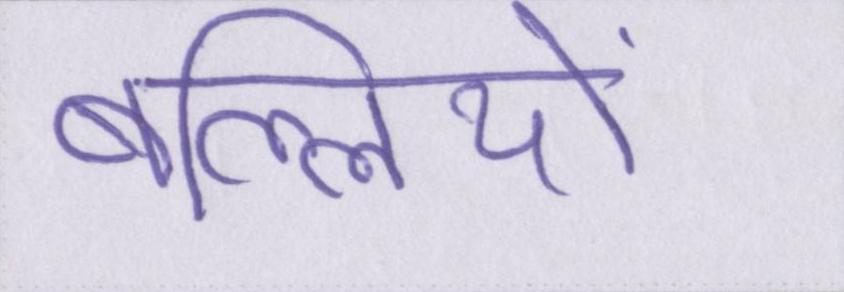
बल्लियों